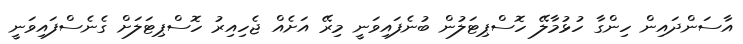
އާސަންދައިން ހިންގާ ހުޅުމާލޭ ހޮސްޕިޓަލުން ބުނެފައިވަނީ މިރޭ އަށެއް ޖެހިއިރު ހޮސްޕިޓަލަށް ގެނެސްފައިވަނީ